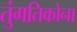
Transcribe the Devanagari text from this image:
तुंगतिकोना